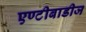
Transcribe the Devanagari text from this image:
एण्टीबाडीज